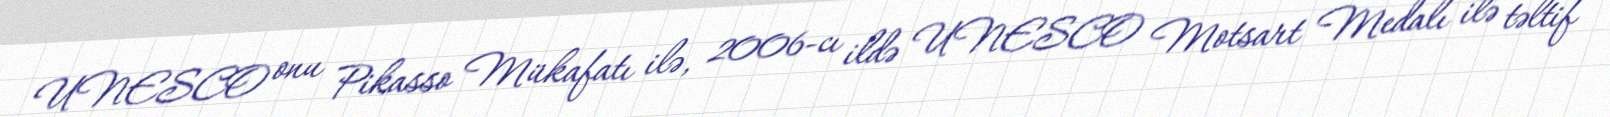
UNESCO onu Pikasso Mükafatı ilə, 2006-cı ildə UNESCO Motsart Medalı ilə təltif